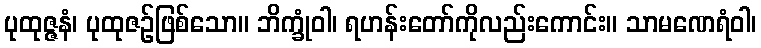
ပုထုဇ္ဇနံ၊ ပုထုဇဉ်ဖြစ်သော။ ဘိက္ခုံဝါ၊ ရဟန်းတော်ကိုလည်းကောင်း။ သာမဏေရံဝါ၊